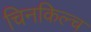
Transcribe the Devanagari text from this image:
चिनकिल्च